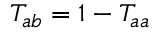
T _ { a b } = 1 - T _ { a a }